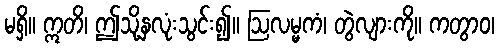
မရှိ။ ဣတိ၊ ဤသို့နှလုံးသွင်း၍။ ဩလမ္မကံ၊ တွဲလျားကို။ ကတွာဝ၊